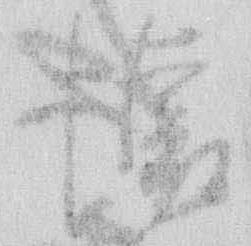
懐